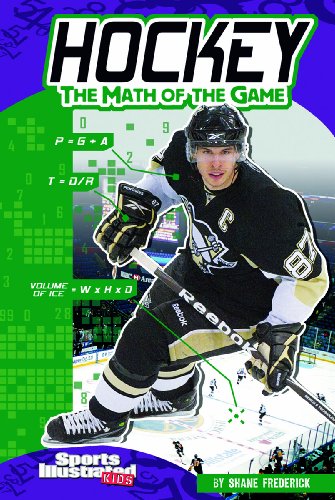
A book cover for Hockey: The Math of the Game (Sports Math); Shane Frederick; Sports & Outdoors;